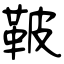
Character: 鞁